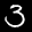
Label: 3